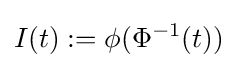
I(t):=\phi (\Phi ^{-1}(t))